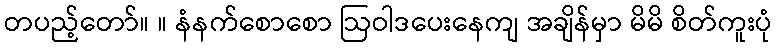
တပည့်တော်။ ။ နံနက်စောစော ဩဝါဒပေးနေကျ အချိန်မှာ မိမိ စိတ်ကူးပုံ